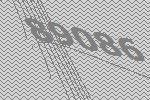
89086